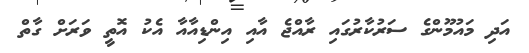
އަދި މައުމޫންގެ ސަރުކާރުގައި ރާއްޖެ އާއި އިންޑިއާއާ އެކު އޮތީ ވަރަށް ގާތް